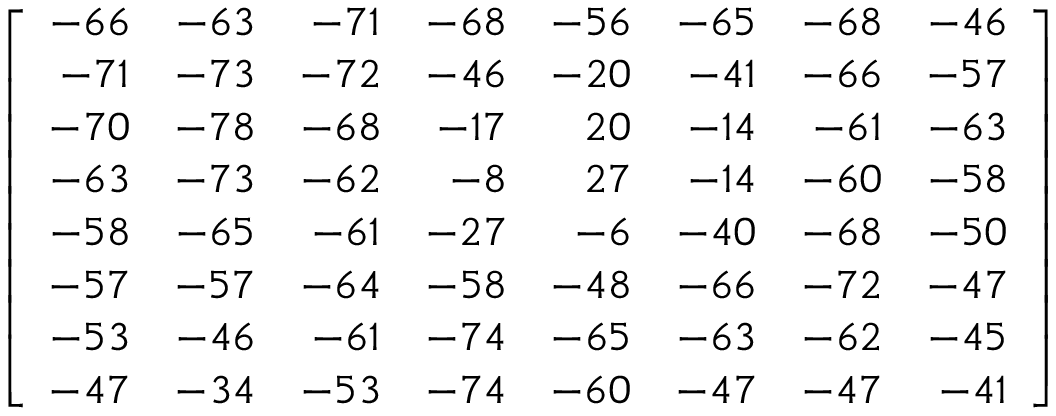
\left[ { \begin{array} { r r r r r r r r } { - 6 6 } & { - 6 3 } & { - 7 1 } & { - 6 8 } & { - 5 6 } & { - 6 5 } & { - 6 8 } & { - 4 6 } \\ { - 7 1 } & { - 7 3 } & { - 7 2 } & { - 4 6 } & { - 2 0 } & { - 4 1 } & { - 6 6 } & { - 5 7 } \\ { - 7 0 } & { - 7 8 } & { - 6 8 } & { - 1 7 } & { 2 0 } & { - 1 4 } & { - 6 1 } & { - 6 3 } \\ { - 6 3 } & { - 7 3 } & { - 6 2 } & { - 8 } & { 2 7 } & { - 1 4 } & { - 6 0 } & { - 5 8 } \\ { - 5 8 } & { - 6 5 } & { - 6 1 } & { - 2 7 } & { - 6 } & { - 4 0 } & { - 6 8 } & { - 5 0 } \\ { - 5 7 } & { - 5 7 } & { - 6 4 } & { - 5 8 } & { - 4 8 } & { - 6 6 } & { - 7 2 } & { - 4 7 } \\ { - 5 3 } & { - 4 6 } & { - 6 1 } & { - 7 4 } & { - 6 5 } & { - 6 3 } & { - 6 2 } & { - 4 5 } \\ { - 4 7 } & { - 3 4 } & { - 5 3 } & { - 7 4 } & { - 6 0 } & { - 4 7 } & { - 4 7 } & { - 4 1 } \end{array} } \right]